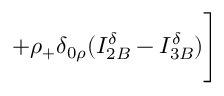
+ \rho _ { + } \delta _ { 0 \rho } ( I _ { 2 B } ^ { \delta } - I _ { 3 B } ^ { \delta } ) \Bigg ]